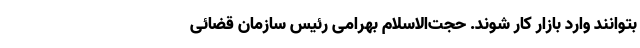
بتوانند وارد بازار کار شوند. حجت‌الاسلام بهرامی رئیس سازمان قضائی